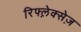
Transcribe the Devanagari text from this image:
रिफ्ल़ेक्सेज़